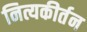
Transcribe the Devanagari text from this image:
नित्यकीर्तन